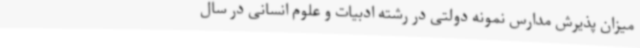
میزان پذیرش مدارس نمونه دولتی در رشته ادبیات و علوم انسانی در سال